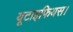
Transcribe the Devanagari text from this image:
यूटाइफियस।